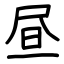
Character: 昼